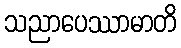
သညာပေဿာမာတိ